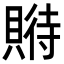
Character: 𧶱